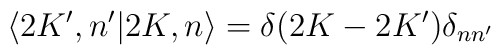
\langle 2K^{\prime },n^{\prime } | 2K,n\rangle =\delta (2K-2K^{\prime } ) \delta_{nn^{\prime } }